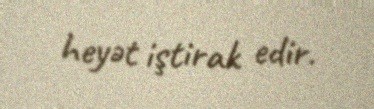
heyət iştirak edir.